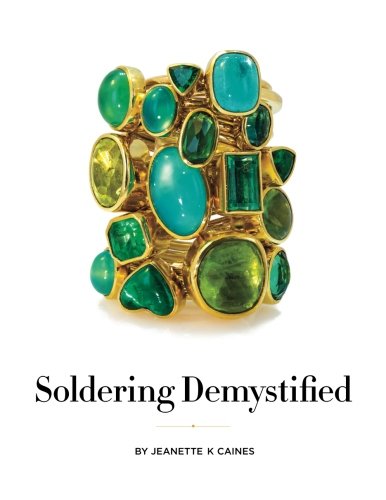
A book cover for Soldering Demystified; Ms. Jeanette K Caines; Crafts, Hobbies & Home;